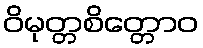
ဝိမုတ္တစိတ္တောဝ